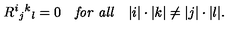
R ^ { i } { } _ { j } { } ^ { k } { } _ { l } = 0 \quad { \it f o r \ a l l } \quad | i | \cdot | k | \ne | j | \cdot | l | .